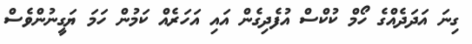
ގިނަ އަދަދެއްގެ ހޯމް ކުކްސް އުފެދިގެން އައި އަހަރެއް ކަމުން ހަމަ ޔަގީނުންވެސް